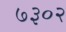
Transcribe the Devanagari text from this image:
७३०२